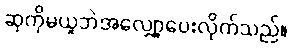
ဆုကိုမယူဘဲအလျှော့ပေးလိုက်သည်။